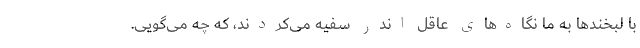
با لبخندها به ما نگاه‌های عاقل اندر سفیه می‌کردند، که چه می‌گویی.